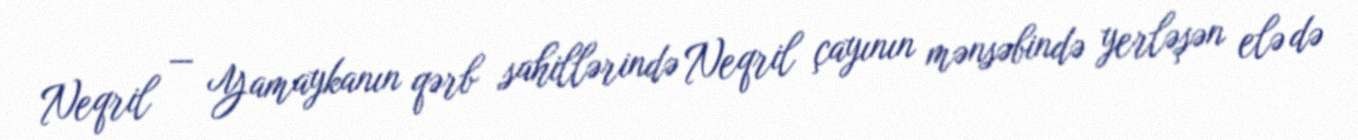
Neqril — Yamaykanın qərb sahillərində Neqril çayının mənsəbində yerləşən elə də